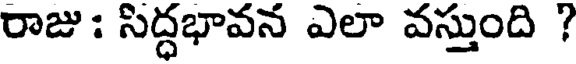
రాజు: సిద్ధభావన ఎలా వస్తుంది ?